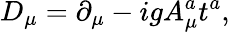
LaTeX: D_{\mu}=\partial_{\mu}-igA_{\mu}^{a}t^{a},